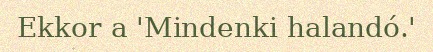
Ekkor a 'Mindenki halandó.'